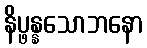
နိပ္ဖန္နသောဘနော